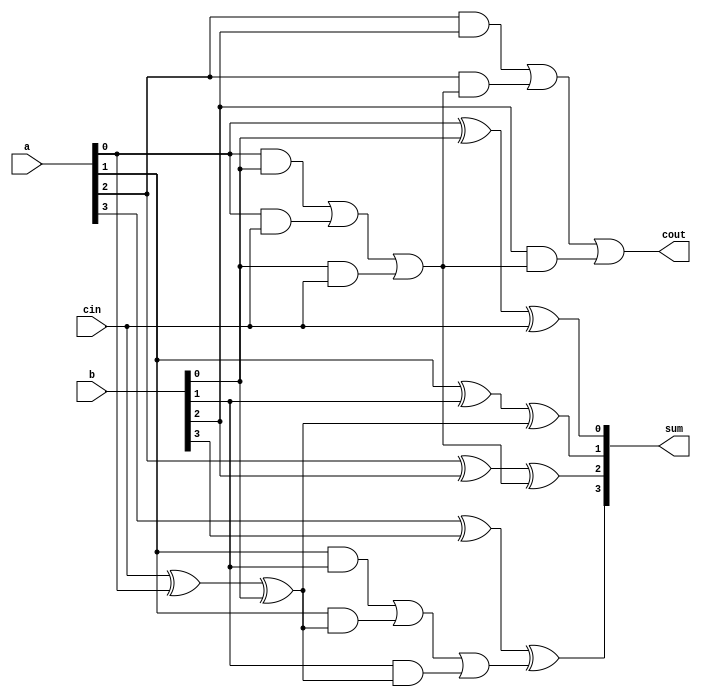
module manchester_carry_chain_adder (
    input wire [3:0] a,
    input wire [3:0] b,
    input wire cin,
    output wire [3:0] sum,
    output wire cout
);

wire [3:0] c;

assign c[0] = cin ^ a[0] ^ b[0];
assign c[1] = (a[0] & b[0]) | (a[0] & cin) | (b[0] & cin);
assign c[2] = (a[1] & b[1]) | (a[1] & c[0]) | (b[1] & c[0]);
assign c[3] = (a[2] & b[2]) | (a[2] & c[1]) | (b[2] & c[1]);

assign sum[0] = a[0] ^ b[0] ^ cin;
assign sum[1] = a[1] ^ b[1] ^ c[0];
assign sum[2] = a[2] ^ b[2] ^ c[1];
assign sum[3] = a[3] ^ b[3] ^ c[2];

assign cout = c[3];

endmodule